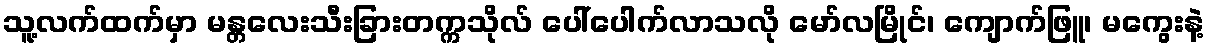
သူ့လက်ထက်မှာ မန္တလေးသီးခြားတက္ကသိုလ် ပေါ်ပေါက်လာသလို မော်လမြိုင်၊ ကျောက်ဖြူ၊ မကွေးနဲ့